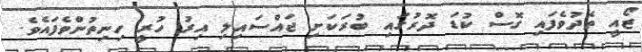
ޒޯއީ ތެދުވެފައި ގޮސް ކުޑަ ދޮރުގައި ބުރަކަށި ޖައްސައިލި އިރު ހުރީ ހިނިތުންވެފައެވެ.